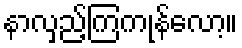
နာလှည့်ကြကုန်လော့။